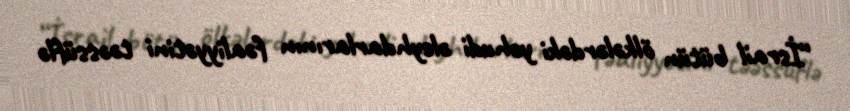
“İsrail bütün ölkələrdəki yəhudi əleyhdarlarının fəaliyyətini təəssüflə